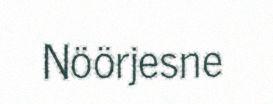
Nöörjesne